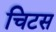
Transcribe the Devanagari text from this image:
चिटस